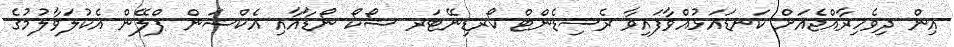
އިން ދިވެހިރާއްޖެއަށް ކަނޑައަޅުއްވާފައިވާ ރެސިޑެންޓް ކޯރޑިނޭޓަރ ޝޯކޯ ނޯޑާއާއި އެކްޝަން ޕްލޭން އެކުލަވާލުމުގެ